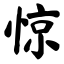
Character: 惊